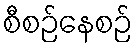
စီစဉ်နေစဉ်